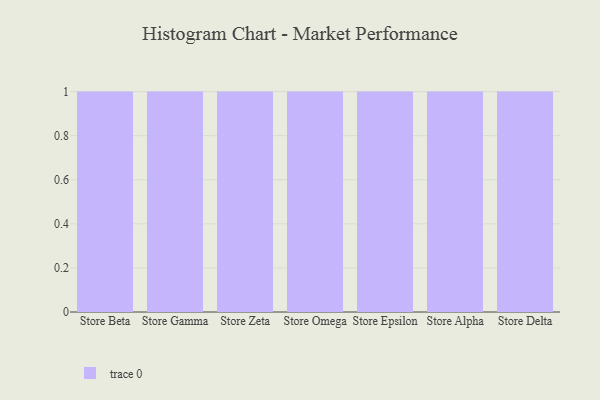
{"axis": {"x": "Store", "y": "Active Users"}, "legend": [""], "data": [{"x": "Store Beta", "y": 4, "type": ""}, {"x": "Store Gamma", "y": 24, "type": ""}, {"x": "Store Zeta", "y": 20, "type": ""}, {"x": "Store Omega", "y": 67, "type": ""}, {"x": "Store Epsilon", "y": 2, "type": ""}, {"x": "Store Alpha", "y": 13, "type": ""}, {"x": "Store Delta", "y": 49, "type": ""}]}